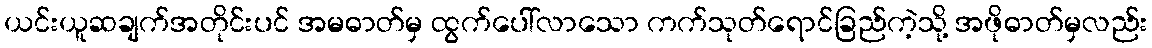
ယင်းယူဆချက်အတိုင်းပင် အမဓာတ်မှ ထွက်ပေါ်လာသော ကက်သုတ်ရောင်ခြည်ကဲ့သို့ အဖိုဓာတ်မှလည်း